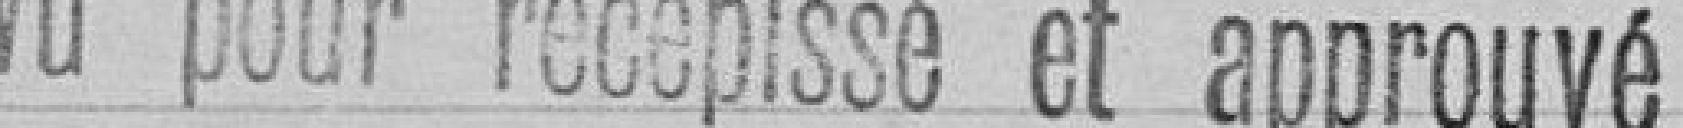
Vu pour récépissé et approuvé